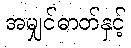
အမျှင်ဓာတ်နှင့်